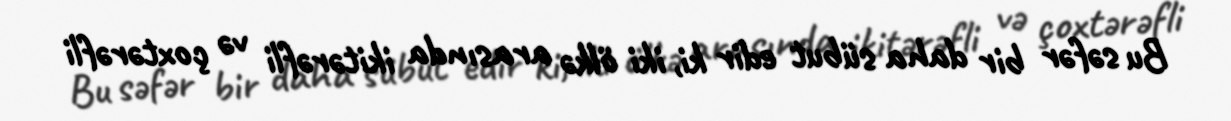
Bu səfər bir daha sübut edir ki, iki ölkə arasında ikitərəfli və çoxtərəfli